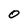
Character: 0